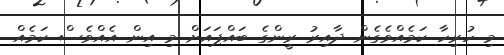
މި ހުރިހާ ކަމެއްވެގެން ދާއިރު ރީންގެ ބައްޕައަށް މި އިން އެއްވެސް ކަމެއް